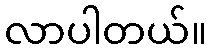
လာပါတယ်။